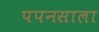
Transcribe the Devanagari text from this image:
पपनसाला